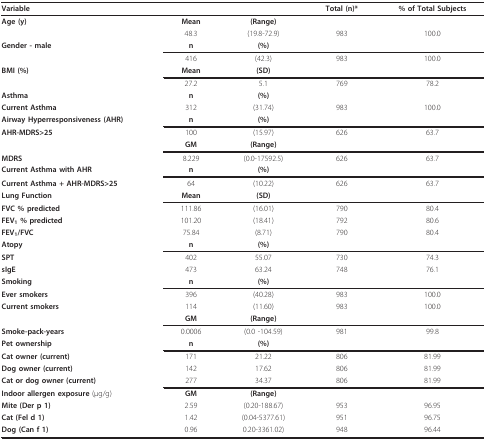
<table><thead><tr><td><b>Variable</b></td><td></td><td></td><td><b>Total (n)*</b></td><td><b>% of Total Subjects</b></td></tr></thead><tbody><tr><td><b>Age (y)</b></td><td><b>Mean</b></td><td><b>(Range)</b></td><td></td><td></td></tr><tr><td></td><td>48.3</td><td>(19.8-72.9)</td><td>983</td><td>100.0</td></tr><tr><td><b>Gender - male</b></td><td><b>n</b></td><td><b>(%)</b></td><td></td><td></td></tr><tr><td></td><td>416</td><td>(42.3)</td><td>983</td><td>100.0</td></tr><tr><td><b>BMI (%)</b></td><td><b>Mean</b></td><td><b>(SD)</b></td><td></td><td></td></tr><tr><td></td><td>27.2</td><td>5.1</td><td>769</td><td>78.2</td></tr><tr><td><b>Asthma</b></td><td><b>n</b></td><td><b>(%)</b></td><td></td><td></td></tr><tr><td><b>Current Asthma</b></td><td>312</td><td>(31.74)</td><td>983</td><td>100.0</td></tr><tr><td><b>Airway Hyperresponsiveness (AHR)</b></td><td><b>n</b></td><td><b>(%)</b></td><td></td><td></td></tr><tr><td><b>AHR-MDRS&gt;25</b></td><td>100</td><td>(15.97)</td><td>626</td><td>63.7</td></tr><tr><td></td><td><b>GM</b></td><td><b>(Range)</b></td><td></td><td></td></tr><tr><td><b>MDRS</b></td><td>8.229</td><td>(0.0-17592.5)</td><td>626</td><td>63.7</td></tr><tr><td><b>Current Asthma with AHR</b></td><td><b>n</b></td><td><b>(%)</b></td><td></td><td></td></tr><tr><td><b>Current Asthma + AHR-MDRS&gt;25</b></td><td>64</td><td>(10.22)</td><td>626</td><td>63.7</td></tr><tr><td><b>Lung Function</b></td><td><b>Mean</b></td><td><b>(SD)</b></td><td></td><td></td></tr><tr><td><b>FVC % predicted</b></td><td>111.86</td><td>(16.01)</td><td>790</td><td>80.4</td></tr><tr><td><b>FEV<sub>1</sub> % predicted</b></td><td>101.20</td><td>(18.41)</td><td>792</td><td>80.6</td></tr><tr><td><b>FEV<sub>1</sub>/FVC</b></td><td>75.84</td><td>(8.71)</td><td>790</td><td>80.4</td></tr><tr><td><b>Atopy</b></td><td><b>n</b></td><td><b>(%)</b></td><td></td><td></td></tr><tr><td><b>SPT</b></td><td>402</td><td>55.07</td><td>730</td><td>74.3</td></tr><tr><td><b>sIgE</b></td><td>473</td><td>63.24</td><td>748</td><td>76.1</td></tr><tr><td><b>Smoking</b></td><td><b>n</b></td><td><b>(%)</b></td><td></td><td></td></tr><tr><td><b>Ever smokers</b></td><td>396</td><td>(40.28)</td><td>983</td><td>100.0</td></tr><tr><td><b>Current smokers</b></td><td>114</td><td>(11.60)</td><td>983</td><td>100.0</td></tr><tr><td></td><td><b>GM</b></td><td><b>(Range)</b></td><td></td><td></td></tr><tr><td><b>Smoke-pack-years</b></td><td>0.0006</td><td>(0.0 -104.59)</td><td>981</td><td>99.8</td></tr><tr><td><b>Pet ownership</b></td><td><b>n</b></td><td><b>(%)</b></td><td></td><td></td></tr><tr><td><b>Cat owner (current)</b></td><td>171</td><td>21.22</td><td>806</td><td>81.99</td></tr><tr><td><b>Dog owner (current)</b></td><td>142</td><td>17.62</td><td>806</td><td>81.99</td></tr><tr><td><b>Cat or dog owner (current)</b></td><td>277</td><td>34.37</td><td>806</td><td>81.99</td></tr><tr><td><b>Indoor allergen exposure </b>(μg/g)</td><td><b>GM</b></td><td><b>(Range)</b></td><td></td><td></td></tr><tr><td><b>Mite (Der p 1)</b></td><td>2.59</td><td>(0.20-188.67)</td><td>953</td><td>96.95</td></tr><tr><td><b>Cat (Fel d 1)</b></td><td>1.42</td><td>(0.04-5377.61)</td><td>951</td><td>96.75</td></tr><tr><td><b>Dog (Can f 1)</b></td><td>0.96</td><td>0.20-3361.02)</td><td>948</td><td>96.44</td></tr></tbody></table>